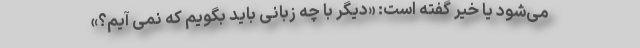
می‌شود یا خیر گفته است:‌ «دیگر با چه زبانی باید بگویم که نمی آیم؟»